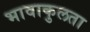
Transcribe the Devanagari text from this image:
भावाकुलता